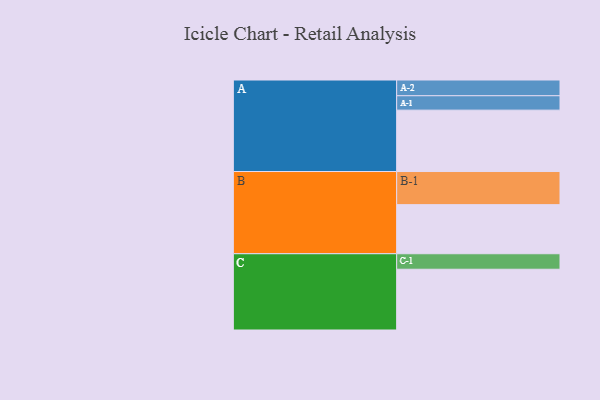
{"axis": {"x": "Segment", "y": "Value"}, "legend": ["", "A", "B", "C"], "data": [{"x": "A", "y": 495, "type": ""}, {"x": "B", "y": 396, "type": ""}, {"x": "C", "y": 490, "type": ""}, {"x": "A-1", "y": 116, "type": "A"}, {"x": "A-2", "y": 127, "type": "A"}, {"x": "B-1", "y": 267, "type": "B"}, {"x": "C-1", "y": 125, "type": "C"}]}